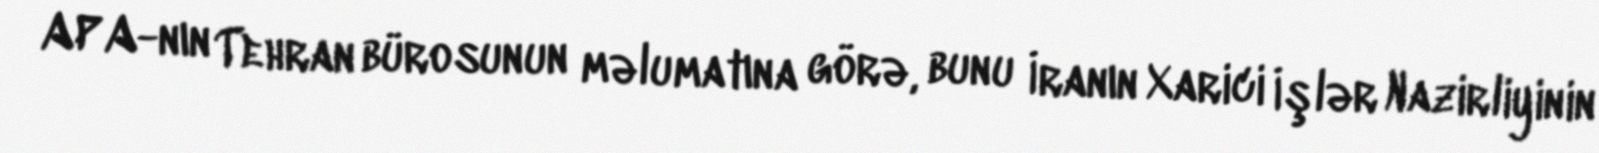
APA-nın Tehran bürosunun məlumatına görə, bunu İranın Xarici İşlər Nazirliyinin